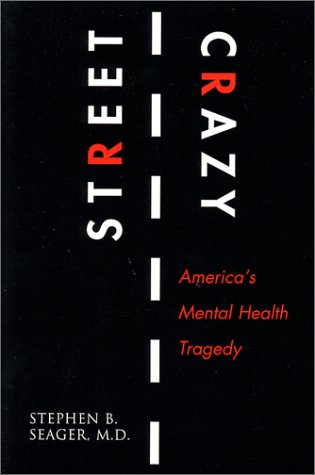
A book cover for Street Crazy : America's Mental Health Tragedy; Stephen B. Seager; Health, Fitness & Dieting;